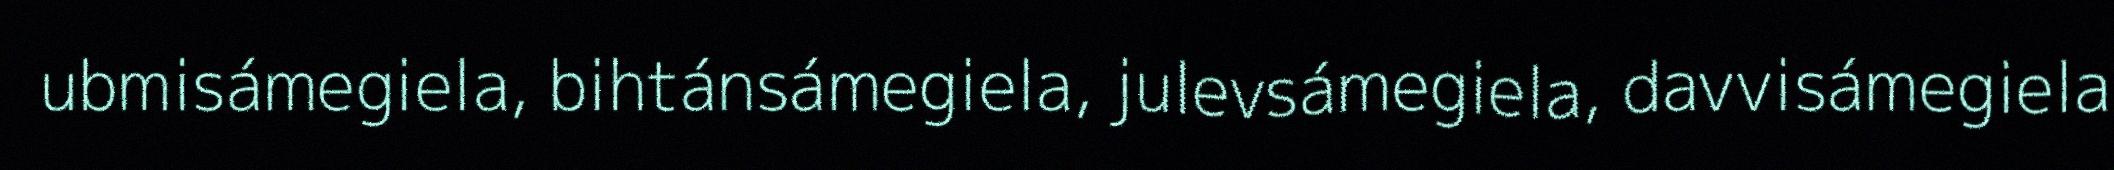
ubmisámegiela, bihtánsámegiela, julevsámegiela, davvisámegiela